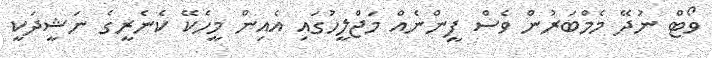
ވޯޓް ނުދޭ މެމްބަރުން ވެސް ފީންނެއް މަޖްލީހުގައި އެއިން މީހެކޭ ކެނެރީގެ ނަޝީދަކީ